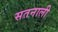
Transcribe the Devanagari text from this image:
सतनाली